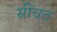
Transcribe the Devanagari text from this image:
सींचत